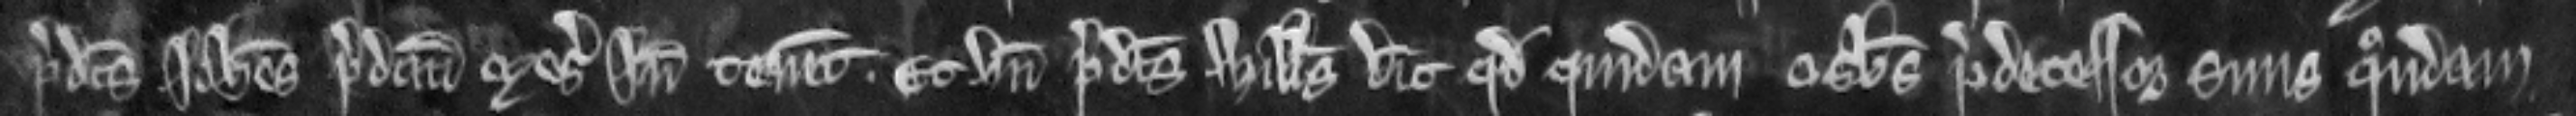
predictus Johannes predictum mesuagium inde tenent. Et unde predictus Willelmus dicit quod quidam Osbertus predecessor suus quondam